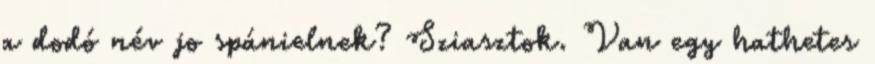
a dodó név jo spánielnek? Sziasztok. Van egy hathetes